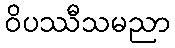
ဝိပဿီသမညာ